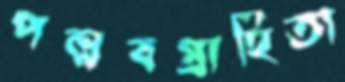
পল্লবগ্রাহিতা